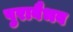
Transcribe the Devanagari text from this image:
पुरावैभव